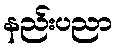
နည်းပညာ